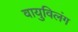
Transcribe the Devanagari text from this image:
वायुविलंग